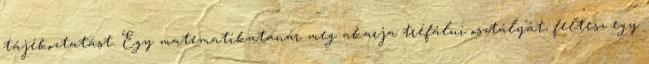
tájékoztatást. Egy matematikatanár meg akarja tréfálni osztályát, feltesz egy